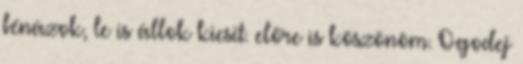
bénázok, le is állok kicsit. előre is köszönöm. Ogodej